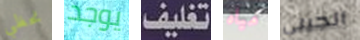
نحظي يوجد تغليف مياه الجيني